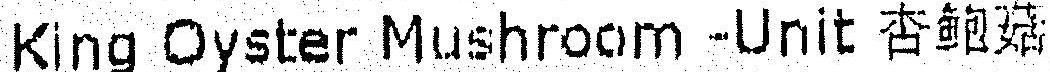
KING OYSTER MUSHROOM -UNIT ***